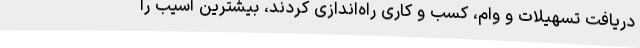
دریافت تسهیلات و وام، کسب و کاری راه‌اندازی کردند، بیشترین آسیب را